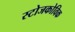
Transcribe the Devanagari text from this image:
स्टोजकोविक